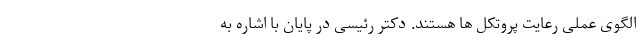
الگوی عملی رعایت پروتکل ها هستند. دکتر رئیسی در پایان با اشاره به